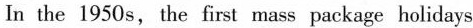
ln the 1950 s, the first mass package holidays